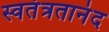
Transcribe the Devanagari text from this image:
स्वतंत्रतानंद